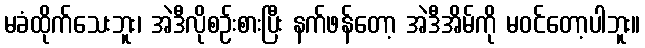
မခံထိုက်သေးဘူး၊ အဲဒီလိုစဉ်းစားပြီး နက်ဖန်တော့ အဲဒီအိမ်ကို မဝင်တော့ပါဘူး။